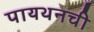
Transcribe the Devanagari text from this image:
पायथनची